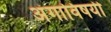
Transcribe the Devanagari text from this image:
अंगाविषयी